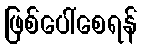
ဖြစ်ပေါ်စေရန်